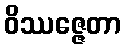
ဝိဿဇ္ဇေတာ